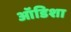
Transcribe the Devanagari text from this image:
ऑडिशा